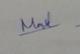
Signature authenticity: genuine